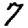
Digit: 7